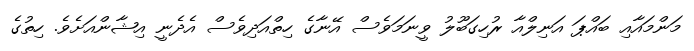
މަންމައާއި ބައްޕަ އަނިލްއާ ރުހިގަބޫލު ވީނަމަވެސް އޭނާގެ ހިތްއަދިވެސް އެދެނީ އިޝާންއަށެވެ. ހިތުގެ